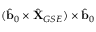
( \hat { \mathbf { b } } _ { 0 } \times \hat { \mathbf { X } } _ { G S E } ) \times \hat { \mathbf { b } } _ { 0 }